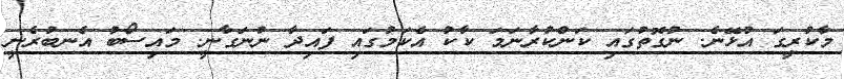
މާކުރީގަ އުޅޭނެ. ނުގޮތުގައި ކަންކުރާނަމަ ކާކު އެކަމުގައި ފައިދާ ނުނަގާނީ. މައިސޯބު އެނބުރެނީ